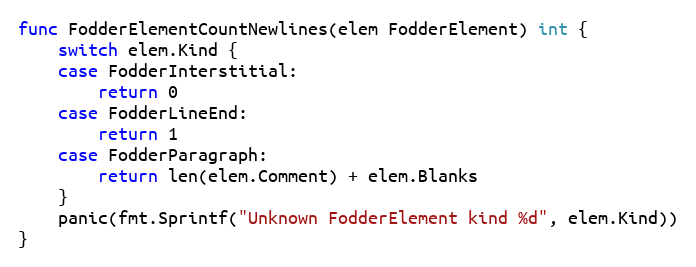
Language: Go
func FodderElementCountNewlines(elem FodderElement) int {
	switch elem.Kind {
	case FodderInterstitial:
		return 0
	case FodderLineEnd:
		return 1
	case FodderParagraph:
		return len(elem.Comment) + elem.Blanks
	}
	panic(fmt.Sprintf("Unknown FodderElement kind %d", elem.Kind))
}